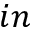
i n